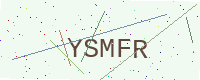
Text: YSMFR